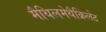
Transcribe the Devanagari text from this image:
मैथिलमेथैक्रिलेट